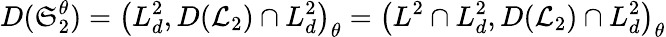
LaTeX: D(\mathfrak{S}_{2}^{\theta})=\left(L_{d}^{2},D(\mathcal{L}_{2})\cap L_{d}^{2}\right)_{\theta}=\left(L^{2}\cap L_{d}^{2},D(\mathcal{L}_{2})\cap L_{d}^{2}\right)_{\theta}